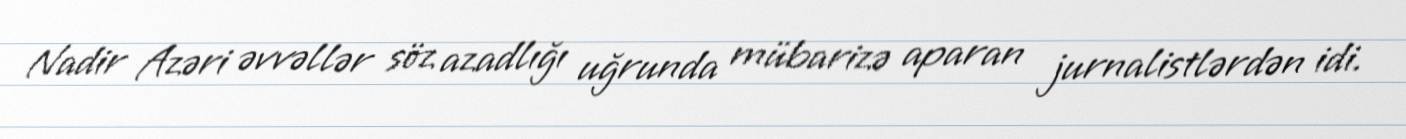
Nadir Azəri əvvəllər söz azadlığı uğrunda mübarizə aparan jurnalistlərdən idi.